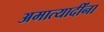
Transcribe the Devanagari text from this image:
अमात्यादींना